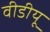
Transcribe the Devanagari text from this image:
वीडीयू